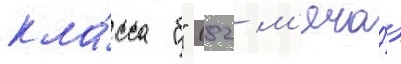
кла́сса "б" (82 м'яча́)